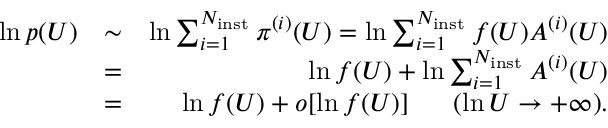
\begin{array} { r l r } { \ln p ( U ) } & { \sim } & { \ln \sum _ { i = 1 } ^ { N _ { \mathrm { i n s t } } } \pi ^ { ( i ) } ( U ) = \ln \sum _ { i = 1 } ^ { N _ { \mathrm { i n s t } } } f ( U ) A ^ { ( i ) } ( U ) } \\ & { = } & { \ln f ( U ) + \ln \sum _ { i = 1 } ^ { N _ { \mathrm { i n s t } } } A ^ { ( i ) } ( U ) } \\ & { = } & { \ln f ( U ) + o [ \ln f ( U ) ] \ \ \ \ \ ( \ln U \to + \infty ) . } \end{array}